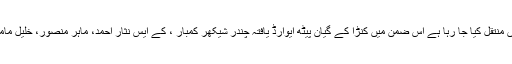
کنڑا زبان کے ادب کو اردو زبان میں منتقل کیا جا رہا ہے اس ضمن میں کنڑا کے گیان پیٹھ ایوارڈ یافتہ چندر شیکھر کمبار ، کے ایس نثار احمد، ماہر منصور، خلیل مامون وغیرہ سے ملاقاتیں ہو چکی ہیں۔